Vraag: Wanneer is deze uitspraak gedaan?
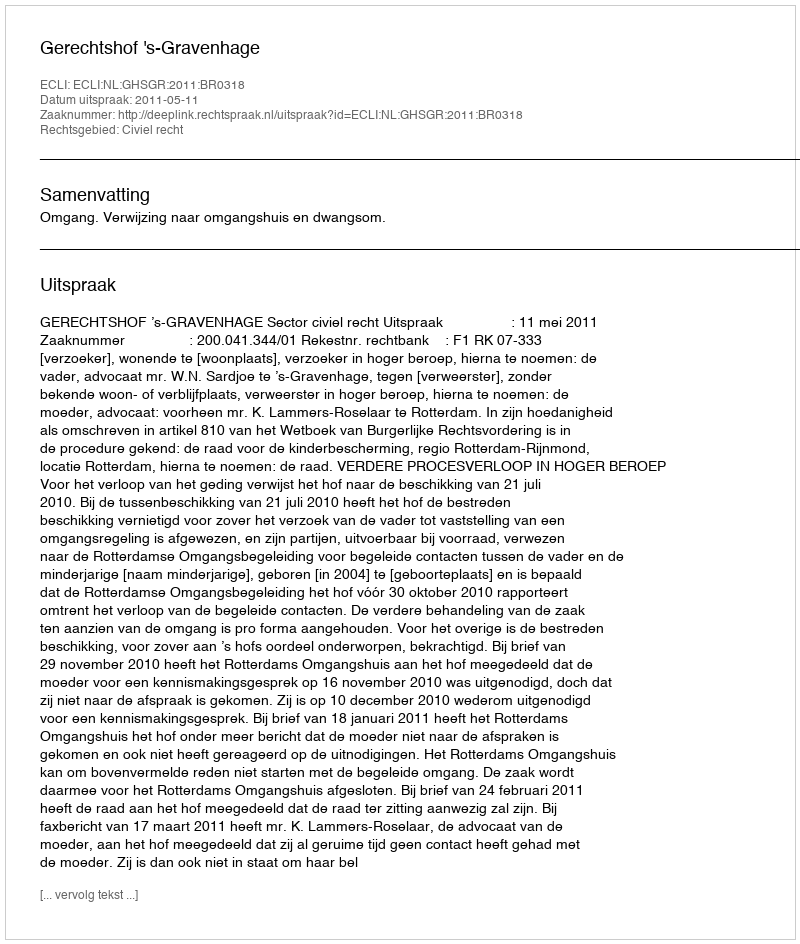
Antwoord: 2011-05-11